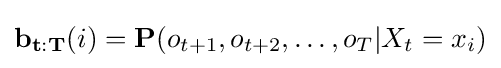
\mathbf {b_{t:T}} (i)=\mathbf {P} (o_{t+1},o_{t+2},\dots ,o_{T}|X_{t}=x_{i})